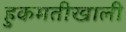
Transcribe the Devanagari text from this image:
हुकमतीखाली